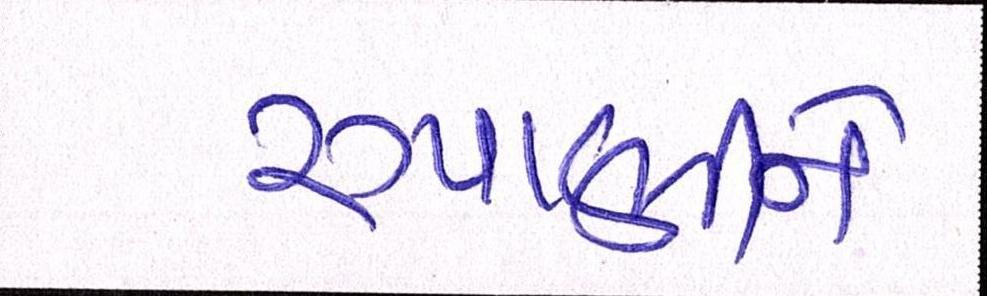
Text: રૂપાણીને